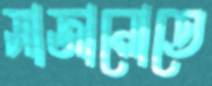
সাজানোতে